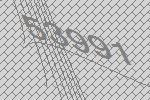
53991